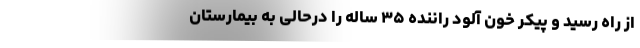
از راه رسید و پیکر خون آلود راننده ۳۵ ساله را درحالی به بیمارستان